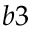
b 3